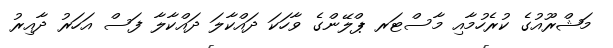
މަޝްރޫއުގެ ކުރެހުމާއި މާސްޓަރ ޕްލޭންގެ ވާހަކަ ދައްކާލަ ދައްކާލާ ފަސް އަހަރު ދާއިރު